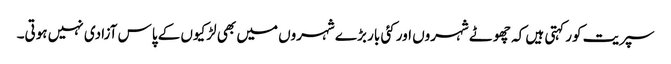
سپریت کور کہتی ہیں کہ چھوٹے شہروں اور کئی بار بڑے شہروں میں بھی لڑکیوں کے پاس آزادی نہیں ہوتی۔